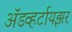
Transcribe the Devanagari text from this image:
अॅडव्हर्टायझर